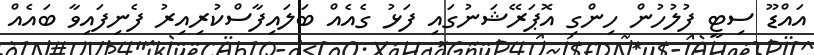
އައްޑޫ ސިޓީ ފުލުހުން ހިންގި އޮޕަރޭޝަނުގައި ފަޅު ގެއެއް ބަލައިފާސްކުރިއިރު ފެނިފައިވާ ބައެއް